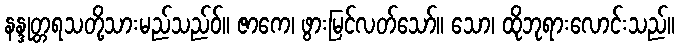
နန္ဒုတ္တရသတို့သားမည်သည်ဝ်။ ဇာကေ၊ ဖွားမြင်လတ်သော်။ သော၊ ထိုဘုရားလောင်းသည်။